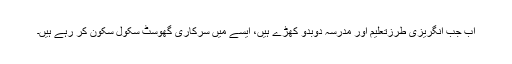
اب جب انگریزی طرزتعلیم اور مدرسہ دوبدو کھڑے ہیں، ایسے میں سرکاری گھوسٹ سکول سکون کر رہے ہیں۔